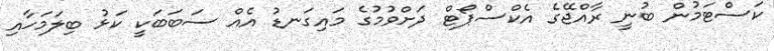
ކަސްޓަމުން ބުނީ ރާއްޖޭގެ އެކްސްޕޯޓް ދަށްވުމުގެ މައިގަނޑު އެއް ސަބަބަކީ ކަޅު ބިލަމަހާއި